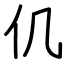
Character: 仉